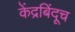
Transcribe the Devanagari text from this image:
केंद्रबिंदूच